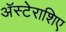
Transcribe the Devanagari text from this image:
अॅस्टेराशिए